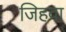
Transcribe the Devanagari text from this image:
जिहवा